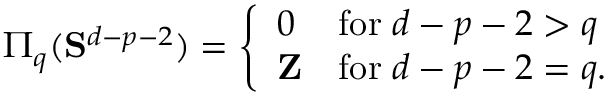
\Pi _ { q } ( { \bf S } ^ { d - p - 2 } ) = \left\{ \begin{array} { l l l } { { 0 } } & { { \mathrm { f o r } \; d - p - 2 > q } } \\ { { { \bf Z } } } & { { \mathrm { f o r } \; d - p - 2 = q . } } \end{array} \right.